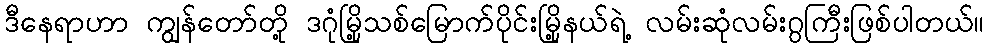
ဒီနေရာဟာ ကျွန်တော်တို့ ဒဂုံမြို့သစ်မြောက်ပိုင်းမြို့နယ်ရဲ့ လမ်းဆုံလမ်းဂွကြီးဖြစ်ပါတယ်။